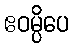
ဧဝမ္ပိပေ